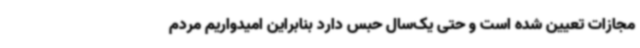
مجازات تعیین شده است و حتی یک‌سال حبس دارد بنابراین امیدواریم مردم